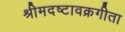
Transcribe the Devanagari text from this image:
श्रीमदष्टावक्रगीता